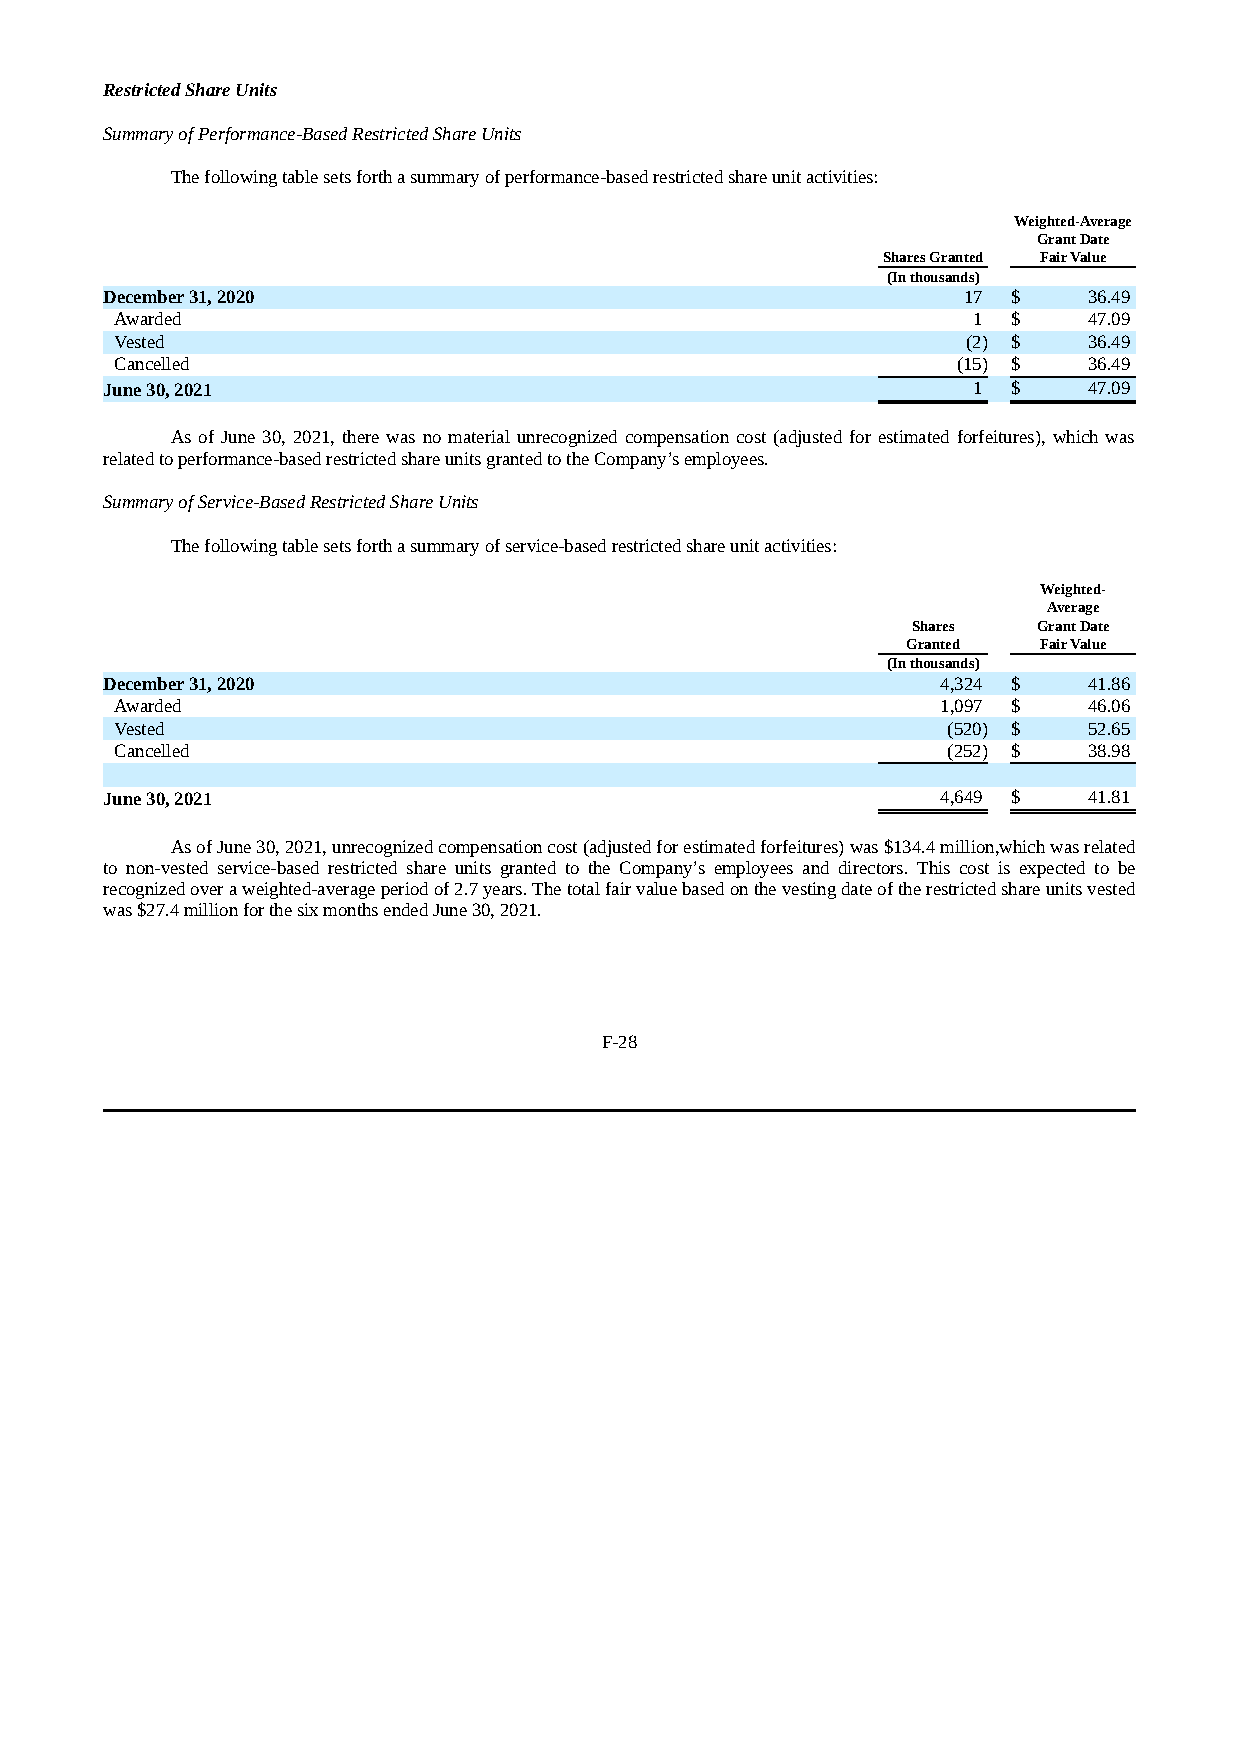
Restricted Share Units
 Summary of Performance-Based Restricted Share Units
 The following table sets forth a summary of performance-based restricted share unit activities:
 Weighted-Average
 Grant Date
 Shares Granted Fair Value
 (In thousands)
 December 31, 2020                                        17 $    36.49
 Awarded                                                 1  $    47.09
 Vested                                                  (2) $   36.49
 Cancelled                                              (15) $   36.49
 June 30, 2021                                            1  $    47.09
 As of June 30, 2021, there was no material unrecognized compensation cost (adjusted for estimated forfeitures), which was
 related to performance-based restricted share units granted to the Company’s employees.
 Summary of Service-Based Restricted Share Units
 The following table sets forth a summary of service-based restricted share unit activities:
 Weighted-
 Average
 Shares   Grant Date
 Granted  Fair Value
 (In thousands)
 December 31, 2020                                      4,324 $   41.86
 Awarded                                               1,097 $   46.06
 Vested                                                 (520) $  52.65
 Cancelled                                              (252) $  38.98
 June 30, 2021                                          4,649 $   41.81
 As of June 30, 2021, unrecognized compensation cost (adjusted for estimated forfeitures) was $134.4 million,which was related
 to non-vested service-based restricted share units granted to the Company’s employees and directors. This cost is expected to be
 recognized over a weighted-average period of 2.7 years. The total fair value based on the vesting date of the restricted share units vested
 was $27.4 million for the six months ended June 30, 2021.
 F-28